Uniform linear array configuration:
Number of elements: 12
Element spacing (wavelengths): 1
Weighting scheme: uniform
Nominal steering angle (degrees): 0
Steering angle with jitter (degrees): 1.218
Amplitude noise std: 0.05
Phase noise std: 0.05

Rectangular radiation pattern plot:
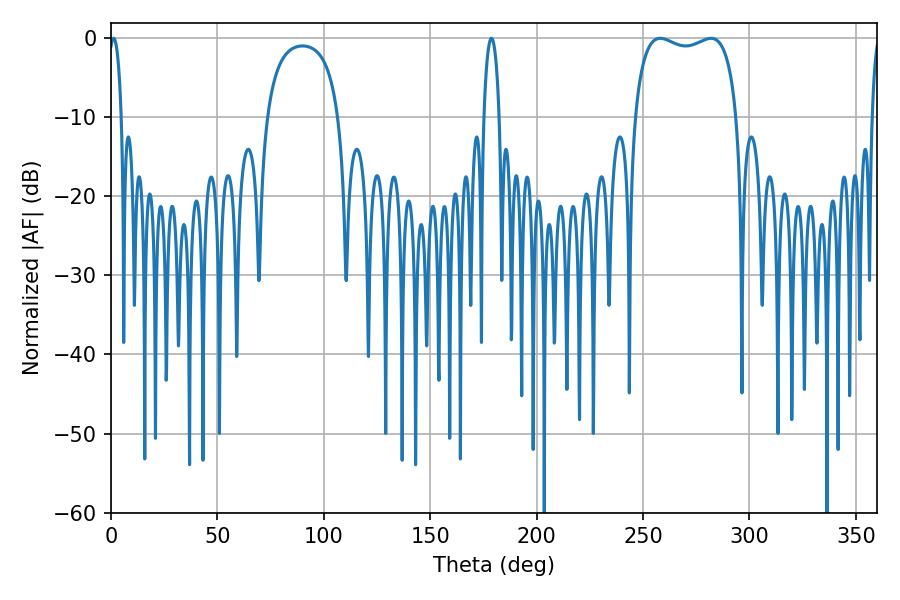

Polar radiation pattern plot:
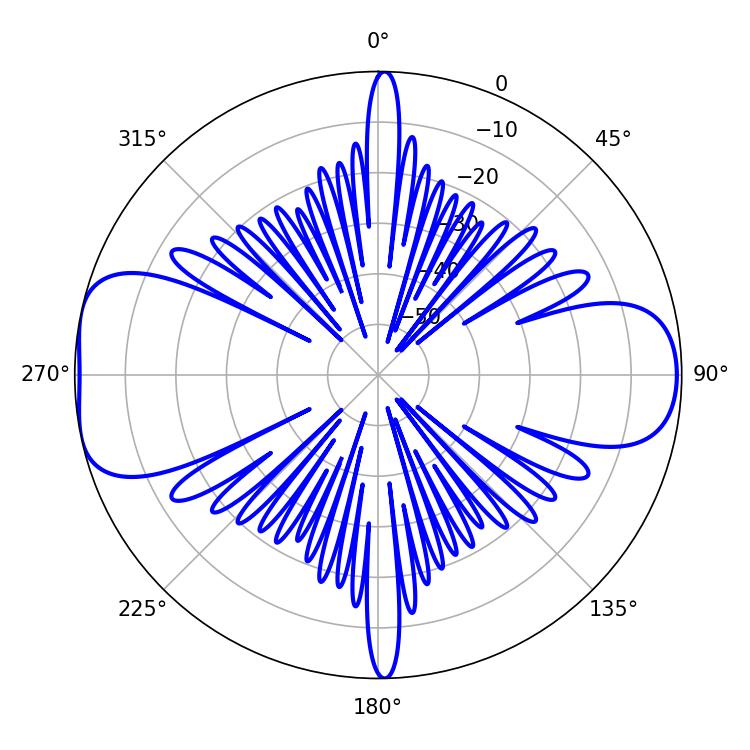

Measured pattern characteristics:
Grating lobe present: TRUE
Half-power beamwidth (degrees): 39.24
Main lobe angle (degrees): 258.12